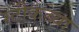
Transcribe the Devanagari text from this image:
स्टीकच्या